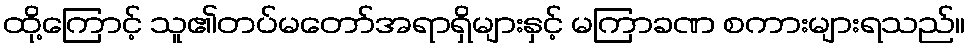
ထို့ကြောင့် သူ၏တပ်မတော်အရာရှိများနှင့် မကြာခဏ စကားများရသည်။